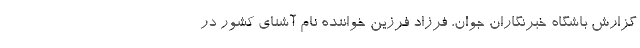
گزارش باشگاه خبرنگاران جوان، فرزاد فرزین خواننده نام آشنای کشور در